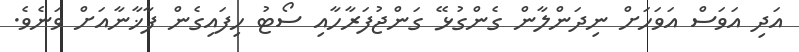
އަދި އަވަސް އަވަހަށް ނިދަންލާން ގެންގުޅޭ ގަންޖުފަރާހާއި ސޯޓު ހިފައިގެން ފާޚާނާއަށް ވަނެވެ.